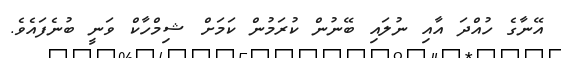
އޭނާގެ ހުއްދަ އާއި ނުލައި ބޭނުން ކުރަމުން ކަމަށް ޝިމްހާކް ވަނީ ބުނެފައެވެ.